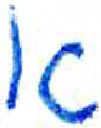
אות: א